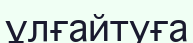
ұлғайтуға